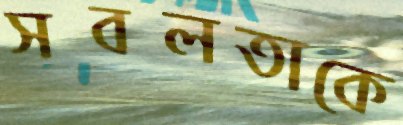
সবলতাকে